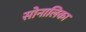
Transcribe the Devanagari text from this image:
सोनालिका